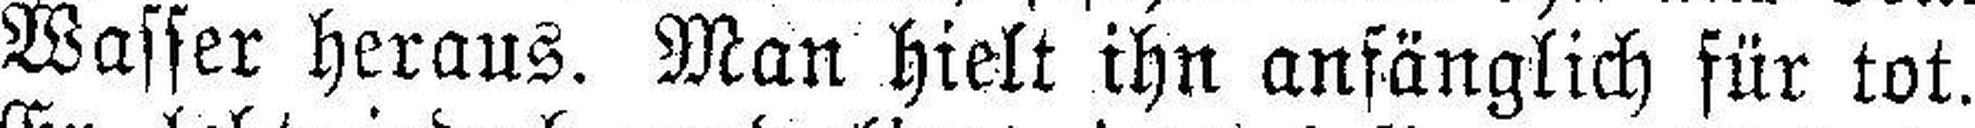
Wasser heraus. Man hielt ihn anfänglich für tot.